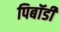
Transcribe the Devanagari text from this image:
पिबॉडी